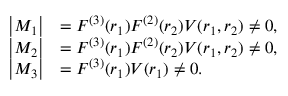
\begin{array} { r l } { \left| M _ { 1 } \right| } & { = F ^ { ( 3 ) } ( r _ { 1 } ) F ^ { ( 2 ) } ( r _ { 2 } ) V ( r _ { 1 } , r _ { 2 } ) \ne 0 , } \\ { \left| M _ { 2 } \right| } & { = F ^ { ( 3 ) } ( r _ { 1 } ) F ^ { ( 2 ) } ( r _ { 2 } ) V ( r _ { 1 } , r _ { 2 } ) \ne 0 , } \\ { \left| M _ { 3 } \right| } & { = F ^ { ( 3 ) } ( r _ { 1 } ) V ( r _ { 1 } ) \ne 0 . } \end{array}